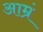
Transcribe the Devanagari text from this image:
आम्रं